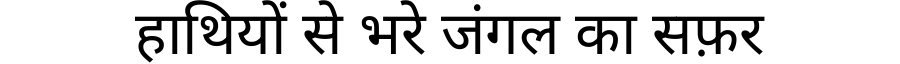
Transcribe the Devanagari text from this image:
हाथियों से भरे जंगल का सफ़र